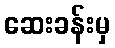
ဆေးခန်းမှ